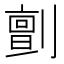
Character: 㔊